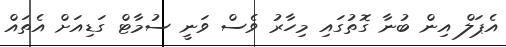
އެޕަލް އިން ބުނާ ގޮތުގައި މިހާރު ވެސް ވަނީ ސުމާޓް ގަޑިއަށް އެތައް